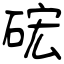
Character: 硡